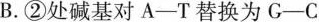
B.②处碱基对A-T替换为G-C